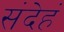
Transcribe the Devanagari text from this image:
संदेहं